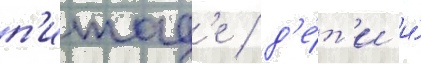
п'итад'е / д'е́т'и и́